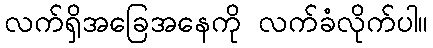
လက်ရှိအခြေအနေကို လက်ခံလိုက်ပါ။